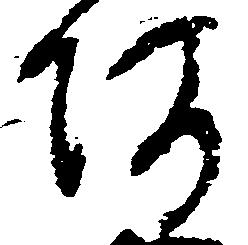
阿